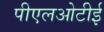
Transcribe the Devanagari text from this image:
पीएलओटीई